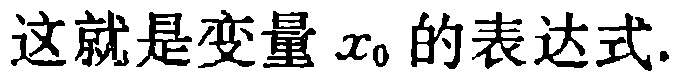
这就是变量 \(x_{0}\) 的表达式.